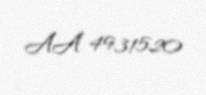
AA 4931520